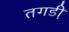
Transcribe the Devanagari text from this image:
तगडी़